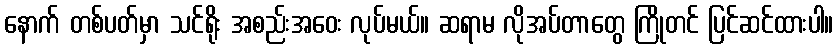
နောက် တစ်ပတ်မှာ သင်ရိုး အစည်းအဝေး လုပ်မယ်။ ဆရာမ လိုအပ်တာတွေ ကြိုတင် ပြင်ဆင်ထားပါ။